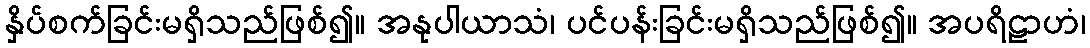
နှိပ်စက်ခြင်းမရှိသည်ဖြစ်၍။ အနုပါယာသံ၊ ပင်ပန်းခြင်းမရှိသည်ဖြစ်၍။ အပရိဠာဟံ၊